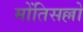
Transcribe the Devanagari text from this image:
मोंतिसल्लो